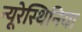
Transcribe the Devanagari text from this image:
न्यूरेस्थिनिया